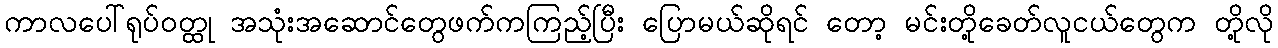
ကာလပေါ်ရုပ်ဝတ္ထု အသုံးအဆောင်တွေဖက်ကကြည့်ပြီး ပြောမယ်ဆိုရင် တော့ မင်းတို့ခေတ်လူငယ်တွေက တို့လို